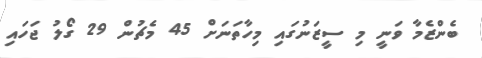
ބެންޒެމާ ވަނީ މި ސީޒަނުގައި މިހާތަނަށް 45 މެޗުން 29 ގޯލު ޖަހައި